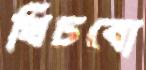
খিচবো